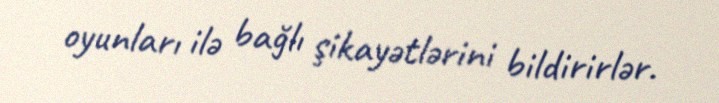
oyunları ilə bağlı şikayətlərini bildirirlər.